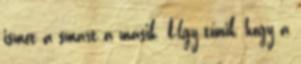
ismét a smart a másik. Úgy tűnik, hogy a